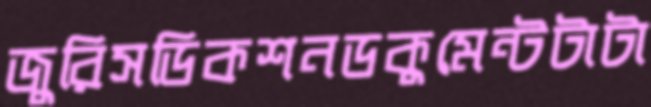
জুরিসডিকশনডকুমেন্টটাটা